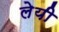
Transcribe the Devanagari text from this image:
लेयी